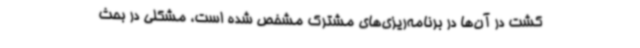
کشت در آن‌ها در برنامه‌ریزی‌های مشترک مشخص شده است، مشکلی در بحث